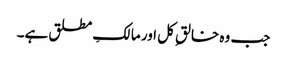
جب وہ خالقِ کل اور مالکِ مطلق ہے۔